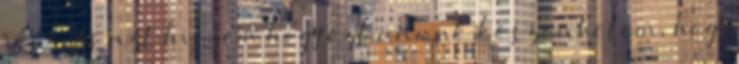
rész, és azt hiszem hogy ezt annak köszönhetem, hogy